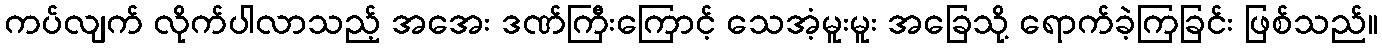
ကပ်လျက် လိုက်ပါလာသည့် အအေး ဒဏ်ကြီးကြောင့် သေအံ့မူးမူး အခြေသို့ ရောက်ခဲ့ကြခြင်း ဖြစ်သည်။